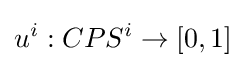
u^{i}:CPS^{i}\to [0,1]